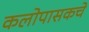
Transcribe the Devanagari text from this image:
कलोपासकचे